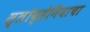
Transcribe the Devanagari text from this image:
स्लोव्हेनियाचा